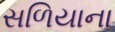
સળિયાના